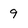
Character: 9